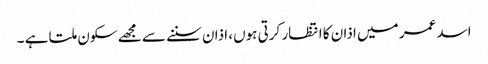
اسد عمر میں اذان کا انتظار کرتی ہوں، اذان سننے سے مجھے سکون ملتا ہے ۔